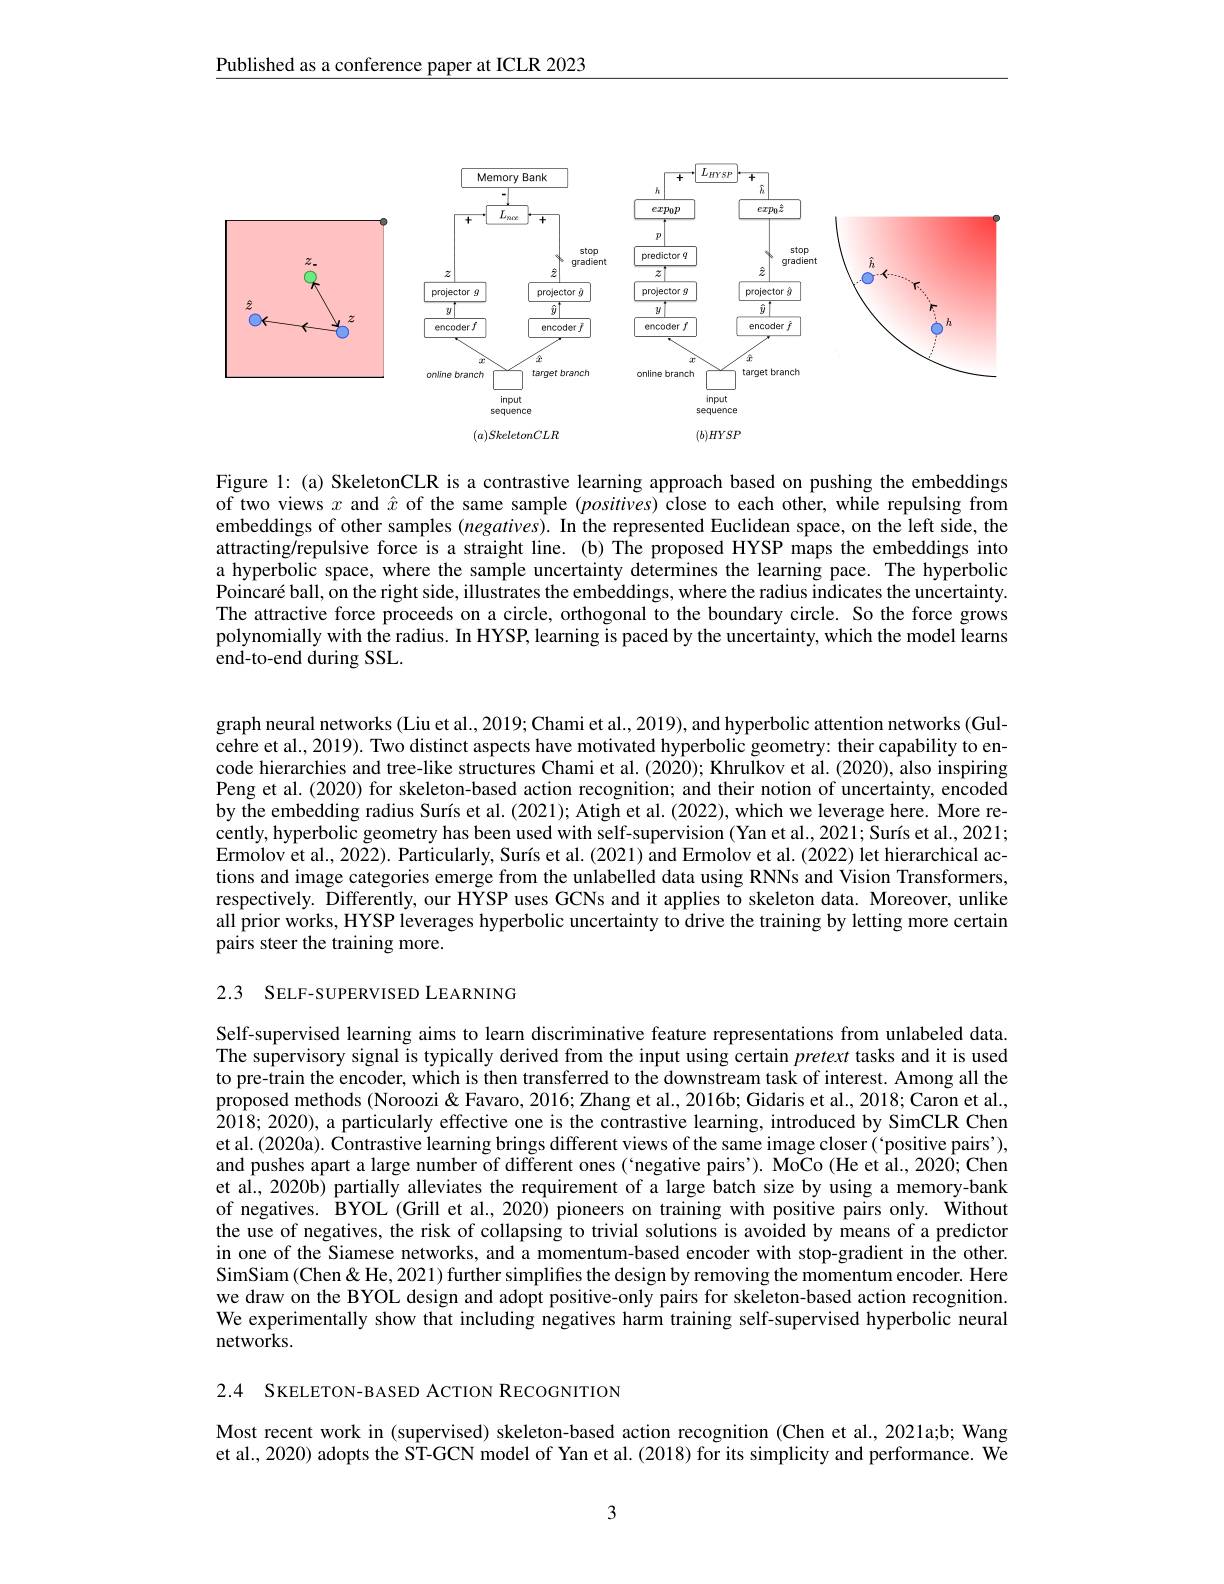
Published as a conference paper at ICLR 2023

<FigureHere>

Figure 1: (a) SkeletonCLR is a contrastive learning approach based on pushing the embeddings of two views $x$ and $\hat{x}$ of the same sample $(positives)$ close to each other, while repulsing from embeddings of other samples $(negatives).$ In the represented Euclidean space, on the left side, the attracting/repulsive force is a straight line. (b) The proposed HYSP maps the embeddings into a hyperbolic space, where the sample uncertainty determines the learning pace. The hyperbolic Poincaré ball, on the right side, illustrates the embeddings, where the radius indicates the uncertainty. The attractive force proceeds on a circle, orthogonal to the boundary circle. So the force grows polynomially with the radius. In HYSP, learning is paced by the uncertainty, which the model Iearns end-to-end during SSL.

graph neural networks (Liu et al., 2019; Chami et al.. 2019), and hyperbolic attention networks (Gulcehre et al., 2019). Two distinct aspects have motivated hyperbolic geometry: their capability to encode hierarchies and tree-like structures Chami et al. (2020); Khrulkov et al. (2020), also inspiring Peng et al. (2020) for skeleton-based action recognition; and their notion of uncertainty, encoded by the embedding radius Surís et al. (2021); Atigh et al. (2022), which we leverage here. More recently, hyperbolic geometry has been used with self-supervision (Yan et al., 2021; Surís et al., 2021; Ermolov et al., 2022). Particularly, Surís et al. (2021) and Ermolov et al. (2022) let hierarchical actions and image categories emerge from the unlabelled data using RNNs and Vision Transformers, respectively. Differently, our HYSP uses GCNs and it applies to skeleton data. Moreover, unlike all prior works, HYSP leverages hyperbolic uncertainty to drive the training by letting more certain pairs steer the training more.

2.3 SELF-SUPERVISED LEARNING

Self-supervised learning aims to learn discriminative feature representations from unlabeled data The supervisory signal is typically derived from the input using certain pretext tasks and it is used to pre-train the encoder, which is then transferred to the downstream task of interest. Among all the $\hat{\text{proposed methods (Noroozi\" Zhang et al.,2016b;Gidaris et al.,2018;Caron et al.,}}$ 2018; 2020), a particularly effective one is the contrastive learning, introduced by SimCLR Chen et al. (2020a). Contrastive learning brings different views of the same image closer(`positive pairs'), and pushes apart a large number of different ones (`negative pairs'). MoCo (He et al., 2020; Chen et al., 2020b) partially alleviates the requirement of a large batch size by using a memory-bank of negatives. BYOL (Grill et al., 2020) pioneers on training with positive pairs only. Without the use of negatives, the risk of collapsing to trivial solutions is avoided by means of a predictor in one of the Siamese networks, and a momentum-based encoder with stop-gradient in the other. SimSiam (Chen& He, 2021) further simplifies the design by removing the momentum encoder. Here we draw on the BYOL design and adopt positive-only pairs for skeleton-based action recognition. We experimentally show that including negatives harm training self-supervised hyperbolic neural networks.

2.4 SKELETON-BASED ACTION RECOGNITION

Most recent work in (supervised) skeleton-based action recognition (Chen et al., 2021a;b; Wang et al., 2020) adopts the ST-GCN model of Yan et al. (2018) for its simplicity and performance. We

3